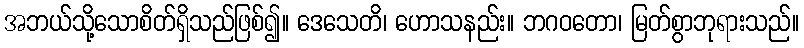
အဘယ်သို့သောစိတ်ရှိသည်ဖြစ်၍။ ဒေသေတိ၊ ဟောသနည်း။ ဘဂဝတော၊ မြတ်စွာဘုရားသည်။